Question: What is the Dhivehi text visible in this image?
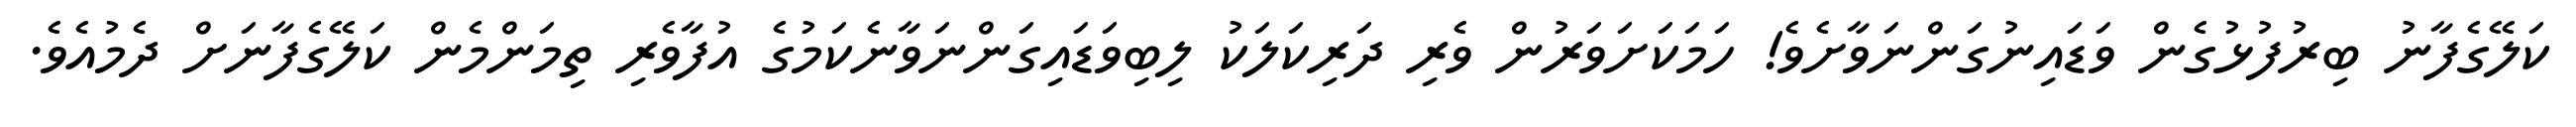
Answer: ކަލޭގެފާނު ބިރުފުޅުގެން ވަޑައިނުގަންނަވާށެވެ! ހަމަކަށަވަރުން ވެރި ދަރިކަލަކު ލިބިވަޑައިގަންނަވާނެކަމުގެ އުފާވެރި ތިމަންމެން ކަލޭގެފާނަށް ދެމުއެވެ.